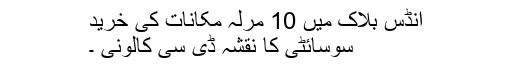
انڈس بلاک میں 10 مرلہ مکانات کی خرید
سوسائٹی کا نقشہ ڈی سی کالونی ۔